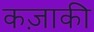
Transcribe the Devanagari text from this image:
कज़ाकी